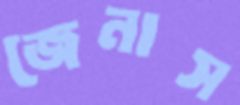
জেনাস